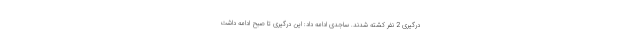
درگیری 2 نفر کشته شدند. ساجدی ادامه داد: این درگیری تا صبح ادامه داشت